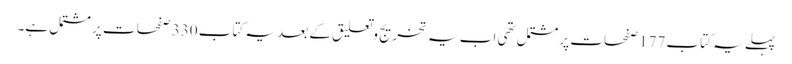
پہلے یہ کتاب 177 صفحات پر مشتمل تھی اب یہ تخریج وتعلیق کے بعد یہ کتاب 330 صفحات پر مشتمل ہے۔